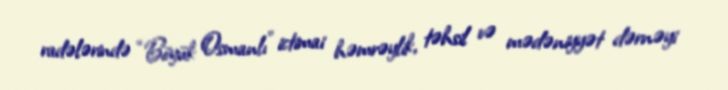
radələrində “Böyük Osmanlı" ictimai həmrəylik, təhsil və mədəniyyət dərnəyi